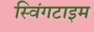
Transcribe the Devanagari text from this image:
स्विंगटाइम